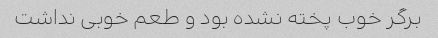
برگر خوب پخته نشده بود و طعم خوبی نداشت